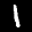
Label: 1